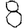
Digit: 8